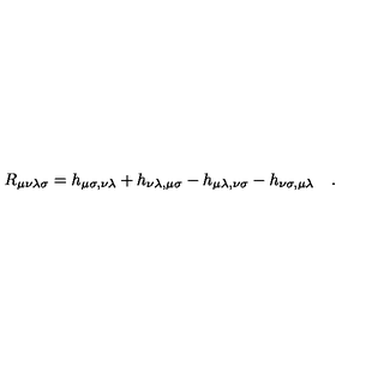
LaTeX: R _ { \mu \nu \lambda \sigma } = h _ { \mu \sigma , \nu \lambda } + h _ { \nu \lambda , \mu \sigma } - h _ { \mu \lambda , \nu \sigma } - h _ { \nu \sigma , \mu \lambda } \quad .